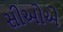
સીઓએ